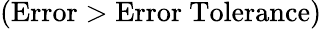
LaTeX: (\mathrm{Error}>\mathrm{Error~Tolerance})